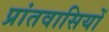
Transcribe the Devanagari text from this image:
प्रांतवासियों